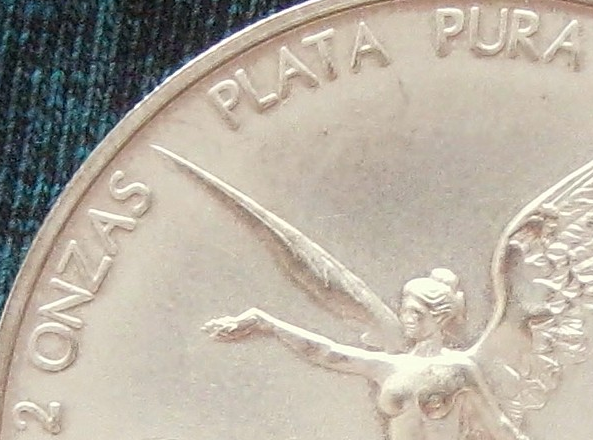
2 ONZAS PLATA PURA